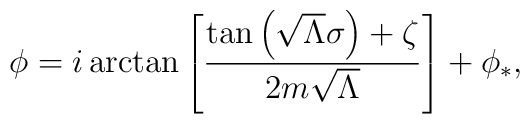
\phi=i\arctan\left[\frac{\tan\left(\sqrt{\Lambda}\sigma\right)+\zeta}{2m\sqrt{\Lambda}}\right]+\phi_{*} ,